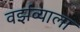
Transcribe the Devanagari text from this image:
वर्झव्याला